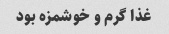
غذا گرم و خوشمزه بود